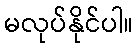
မလုပ်နိုင်ပါ။